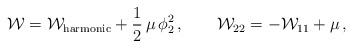
\begin{align*}{\cal W}={\cal W}_{\rm harmonic} +\frac{1}{2}\, \mu \,\phi_2^2\,,\qquad {\cal W}_{22}=-{\cal W}_{11} +\mu\,,\end{align*}